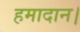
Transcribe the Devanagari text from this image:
हमादान।